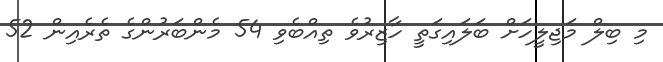
މި ބިލް މަޖިލީހަށް ބަލައިގަތީ ހާޒިރުވެ ތިއްބެވި 54 މެންބަރުންގެ ތެރެއިން 52